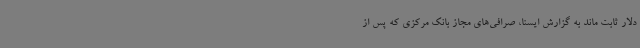
دلار ثابت ماند به گزارش ایسنا، صرافی‌های مجاز بانک مرکزی که پس از